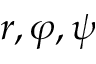
r , \varphi , \psi